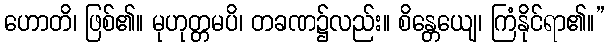
ဟောတိ၊ ဖြစ်၏။ မုဟုတ္တမပိ၊ တခဏ၌လည်း။ စိန္တေယျေ၊ ကြံနိုင်ရာ၏။”